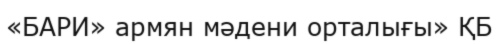
«БАРИ» армян мәдени орталығы» ҚБ